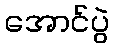
အောင်ပွဲ